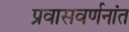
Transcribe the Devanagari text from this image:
प्रवासवर्णनांत